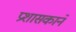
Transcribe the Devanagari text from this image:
प्रशासकाने